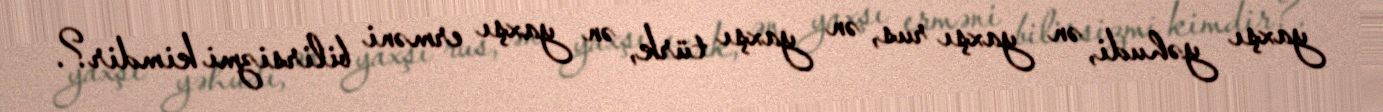
yaxşı yəhudi, ən yaxşı rus, ən yaxşı türk, ən yaxşı erməni bilirsizmi kimdir?.